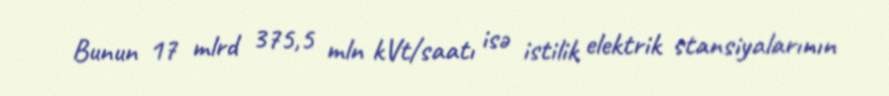
Bunun 17 mlrd 375,5 mln kVt/saatı isə istilik elektrik stansiyalarının